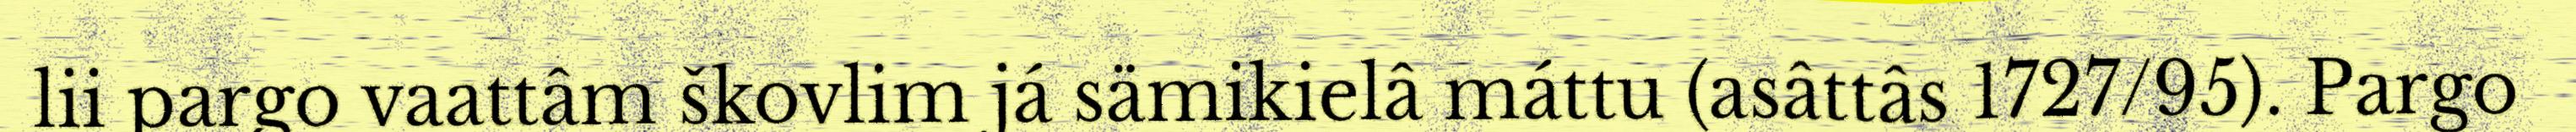
lii pargo vaattâm škovlim já sämikielâ máttu (asâttâs 1727/95). Pargo